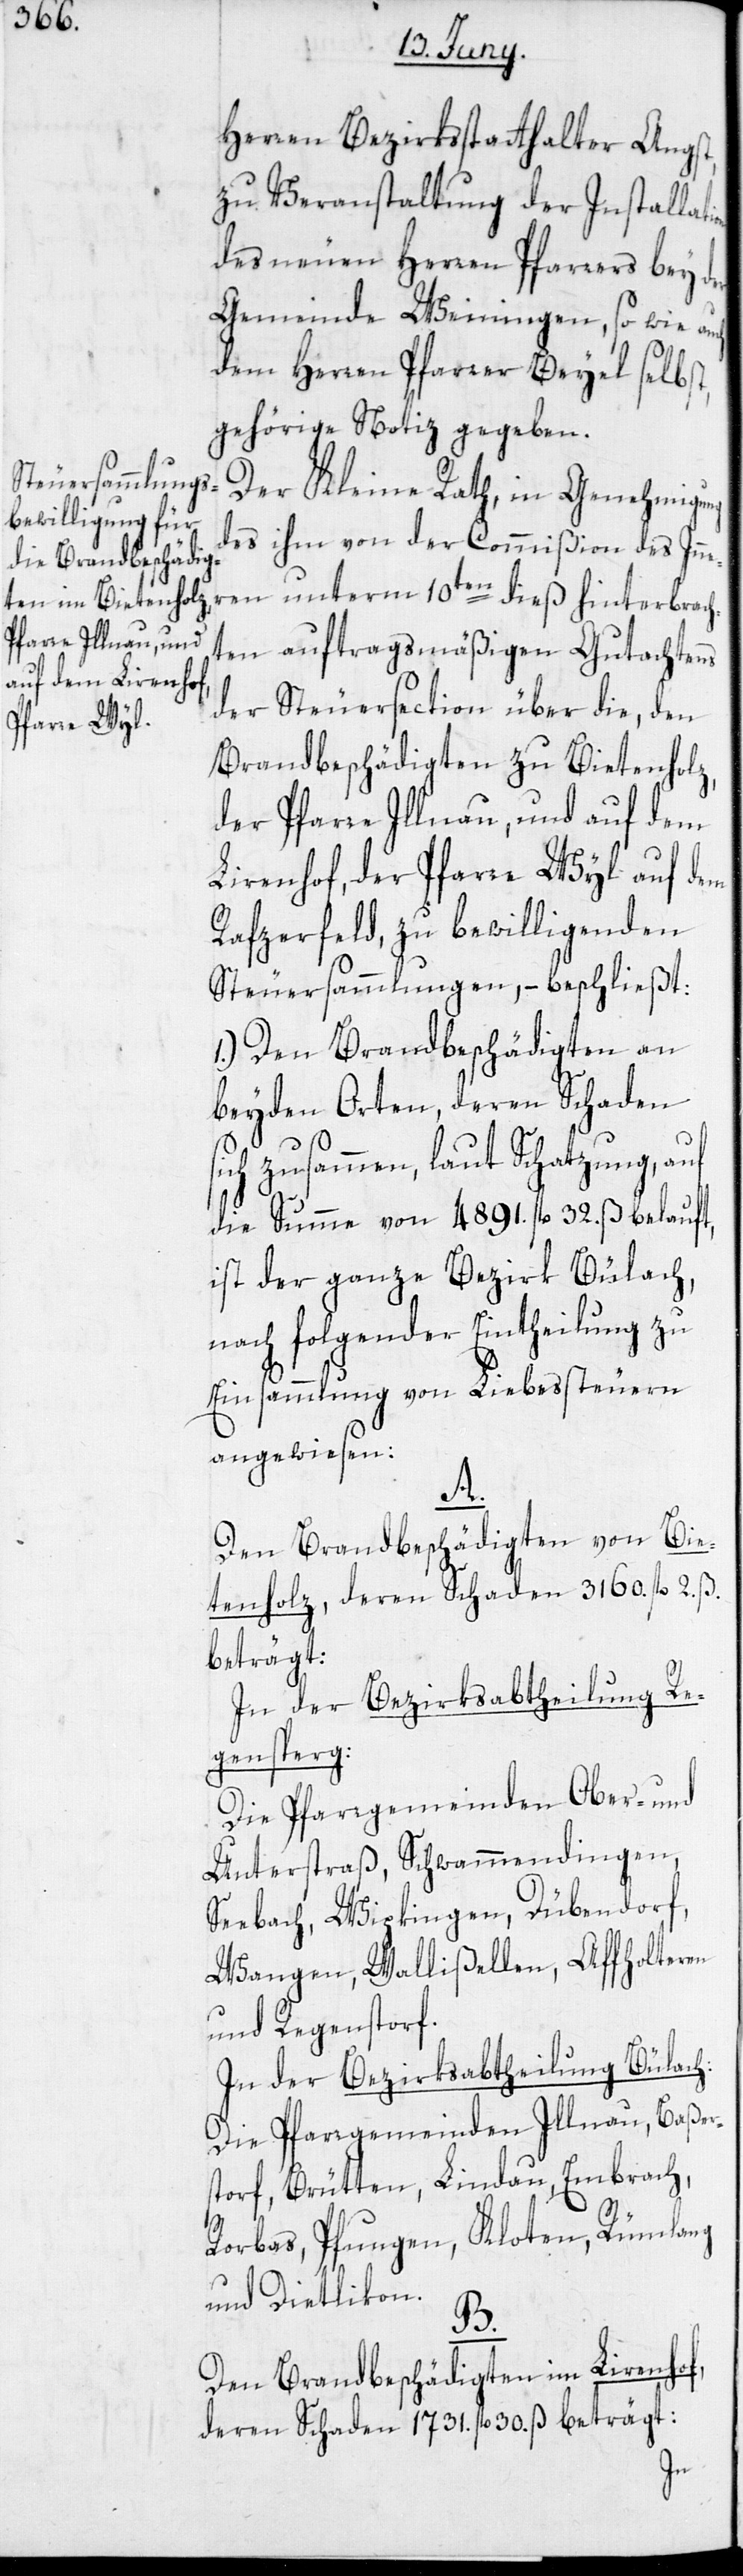
Herren Bezirksstatthalter Angst,
zu Veranstaltung der Installat¬
des neuen Herren Pfarrers bey der
Gemeinde Weiningen, so wie a¬
dem Herren Pfarrer Beyel selbst,
gehörige Notiz gegeben.
Der Kleine Rath, in Genehmigung
des ihm von der Commißion des Inne¬
ren unterm 10ten dieß hinterbrach¬
ten auftragsmäßigen Gutachtens
der Steuersection über die, den
Brandbeschädigten zu Bietenholz,
der Pfarre Illnau, und auf dem
Lirenhof, der Pfarre Wyl auf dem
Rafzerfeld, zu bewilligenden
Steuersammlungen, – beschließt:
1.) Den Brandbeschädigten an
beyden Orten, deren Schaden
ich zusammen, laut Schatzung, auf
die Summe von 4891. fl. 32. ß belauft,
ist der ganze Bezirk Bülach,
nach folgender Eintheilung zu
Einsammlung von Liebessteuern
angewiesen:
A.
Den Brandbeschädigten von Bie¬
tenholz, deren Schaden 3160. fl. 2. ß.
beträgt:
In der Bezirksabtheilung Re¬
gensberg:
Die Pfarrgemeinden Ober- und
Unterstraß, Schwammendingen,
Seebach, Wipkingen, Dübendorf,
Wangen, Wallißellen, Affholteren
und Regenstorf.
In der Bezirksabtheilung Bülach:
Die Pfarrgemeinden Illnau, Baßer¬
storf, Brütten, Lindau, Embrach,
Rorbas, Pfungen, Kloten, Rümlang
und Dietlikon.
B.
Den Brandbeschädigten im Lirenhof,
deren Schaden 1731. fl. 30. ß beträgt:
ion